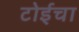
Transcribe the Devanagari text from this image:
टोईचा